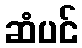
ဆံပင်